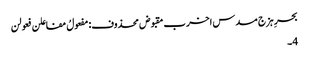
بحرِ ہزج مسدس اخرب مقبوض محذوف:مفعولُ مفاعلن فعولن
4۔